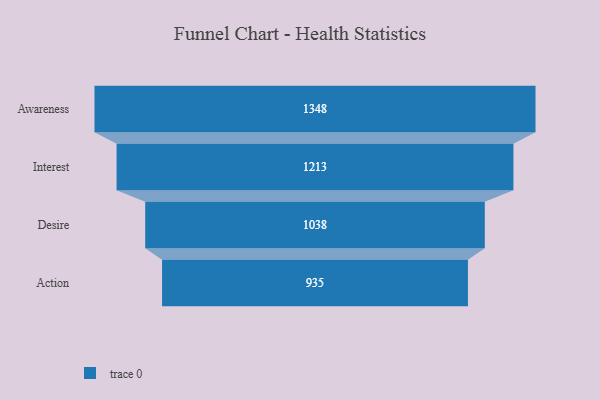
{"axis": {"x": "Stage", "y": "Value"}, "legend": [""], "data": [{"x": "Awareness", "y": 1348.0, "type": ""}, {"x": "Interest", "y": 1213.0, "type": ""}, {"x": "Desire", "y": 1038.0, "type": ""}, {"x": "Action", "y": 935.0, "type": ""}]}